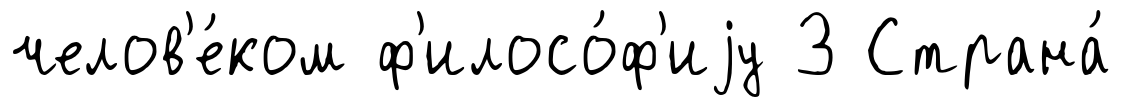
челов'е́ком ф'илосо́ф'иjу З Страна́